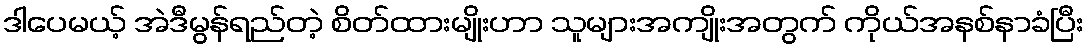
ဒါပေမယ့် အဲဒီမွန်ရည်တဲ့ စိတ်ထားမျိုးဟာ သူများအကျိုးအတွက် ကိုယ်အနစ်နာခံပြီး